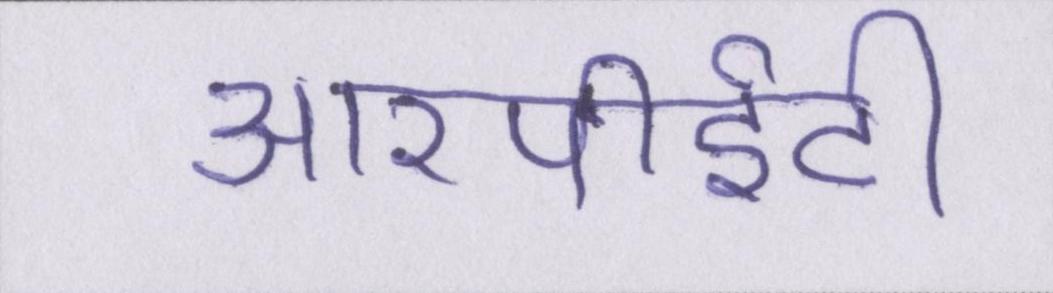
आरपीईटी